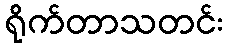
ရိုက်တာသတင်း